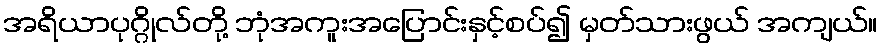
အရိယာပုဂ္ဂိုလ်တို့ ဘုံအကူးအပြောင်းနှင့်စပ်၍ မှတ်သားဖွယ် အကျယ်။